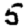
Digit: 5